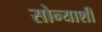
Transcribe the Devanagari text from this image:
सोन्याशी